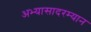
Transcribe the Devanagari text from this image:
अभ्यासादरम्यान